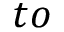
t o